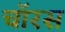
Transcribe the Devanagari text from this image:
चॉरस